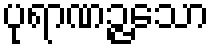
ပုရာဏဉ္ဇသော